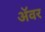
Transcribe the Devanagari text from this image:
अॅवर